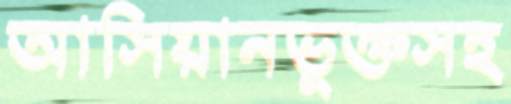
আসিয়ানভুক্তসহ